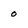
Character: o